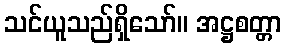
သင်ယူသည်ရှိသော်။ အဋ္ဌစတ္တာ